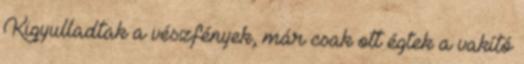
Kigyulladtak a vészfények, már csak ott égtek a vakító